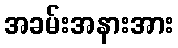
အခမ်းအနားအား